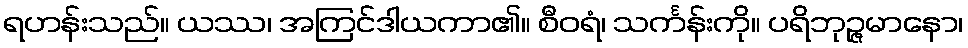
ရဟန်းသည်။ ယဿ၊ အကြင်ဒါယကာ၏။ စီဝရံ၊ သင်္ကန်းကို။ ပရိဘုဉ္ဇမာနော၊